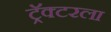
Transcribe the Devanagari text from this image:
ट्रॅक्टरला